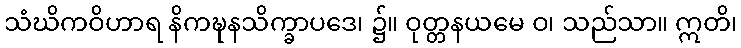
သံဃိကဝိဟာရ နိကဍ္ဎနသိက္ခာပဒေ၊ ၌။ ဝုတ္တနယမေ ဝ၊ သည်သာ။ ဣတိ၊